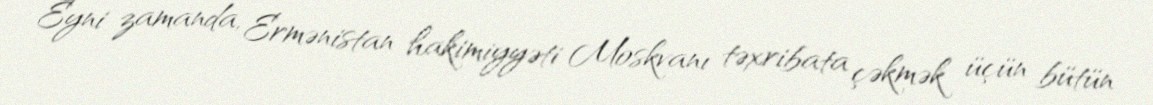
Eyni zamanda, Ermənistan hakimiyyəti Moskvanı təxribata çəkmək üçün bütün